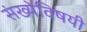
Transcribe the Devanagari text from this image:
संख्येविषयी